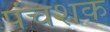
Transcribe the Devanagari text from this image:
पंचशक